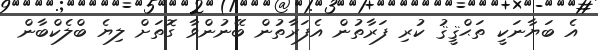
އެ ބަޔާނަކީ ތަޙްޤީޤު ކުރި ފަރާތުން އެފަރާތުން ބޭނުންވާ ގޮތަށް ލިޔެ ބްލެކްބާން